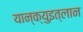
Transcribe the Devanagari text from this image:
यान्क्युइत्लान